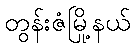
တွန်းဇံမြို့နယ်